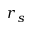
r _ { s }